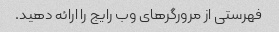
فهرستی از مرورگرهای وب رایج را ارائه دهید.